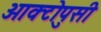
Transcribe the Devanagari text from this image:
ओक्टोपुसी